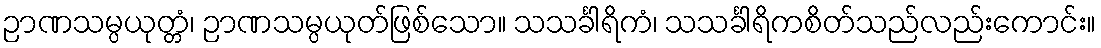
ဉာဏသမ္ပယုတ္တံ၊ ဉာဏသမ္ပယုတ်ဖြစ်သော။ သသင်္ခါရိကံ၊ သသင်္ခါရိကစိတ်သည်လည်းကောင်း။